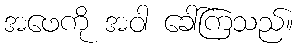
အဖေကို အဝါ ခေါ်ကြသည်။